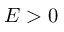
E > 0